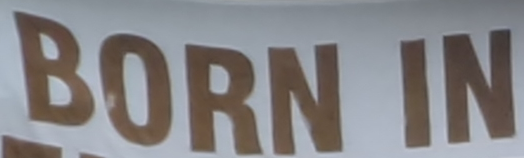
BORN IN